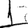
Digit: 1